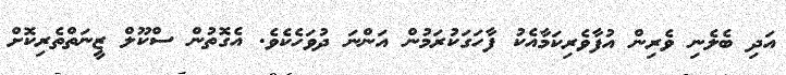
އަދި ބެލެނި ވެރިން އުފާވެރިކަމާއެކު ފާހަގަކުރަމުން އަންނަ ދުވަހެކެވެ. އެގޮތުން ސްކޫލް ޒީނަތްތެރިކޮށް